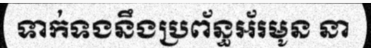
ទាក់ទងនឹងប្រព័ន្ធអ័រមូន នា